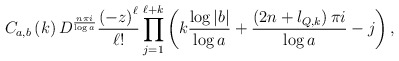
\begin{align*}C_{a,b}\left(k\right) D^{\frac{n\pi i }{\log a}}\frac{\left( -z\right)^{\ell}}{\ell!}\prod\limits_{j=1}^{\ell+k}\left( k\frac{\log |b|}{\log a} +\frac{\left(2n+l_{Q,k}\right) \pi i}{\log a}-j\right),\end{align*}